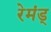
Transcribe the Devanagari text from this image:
रेमंड्